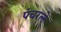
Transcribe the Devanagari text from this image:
पंचरत्‍ने